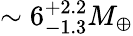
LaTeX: \sim 6_{-1.3}^{+2.2}M_{\oplus}